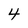
Character: 4